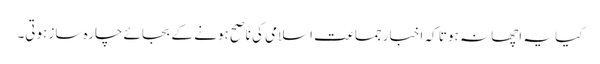
کیا یہ اچھا نہ ہوتا کہ اخبار جماعت اسلامی کی ناصح ہونے کے بجائے چارہ ساز ہوتی۔